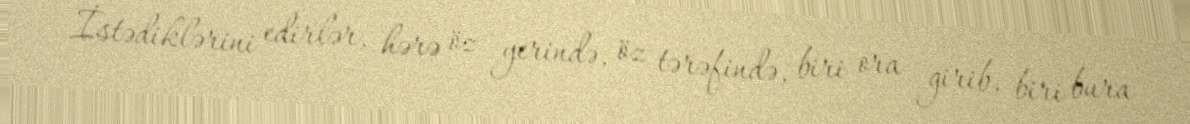
İstədiklərini edirlər, hərə öz yerində, öz tərəfində, biri ora girib, biri bura